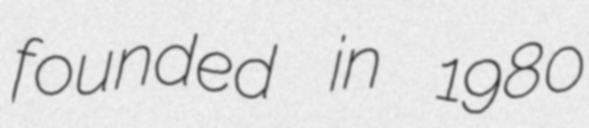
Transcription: founded in 1980